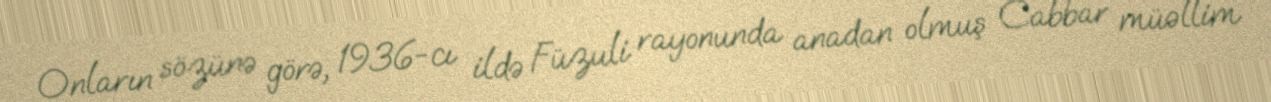
Onların sözünə görə, 1936-cı ildə Füzuli rayonunda anadan olmuş Cabbar müəllim